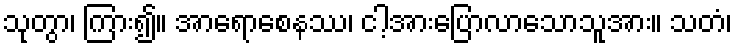
သုတွာ၊ ကြား၍။ အာရောစေနဿ၊ ငါ့အားပြောလာသောသူအား။ သတံ၊